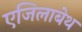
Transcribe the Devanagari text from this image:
एजिलाबेथ